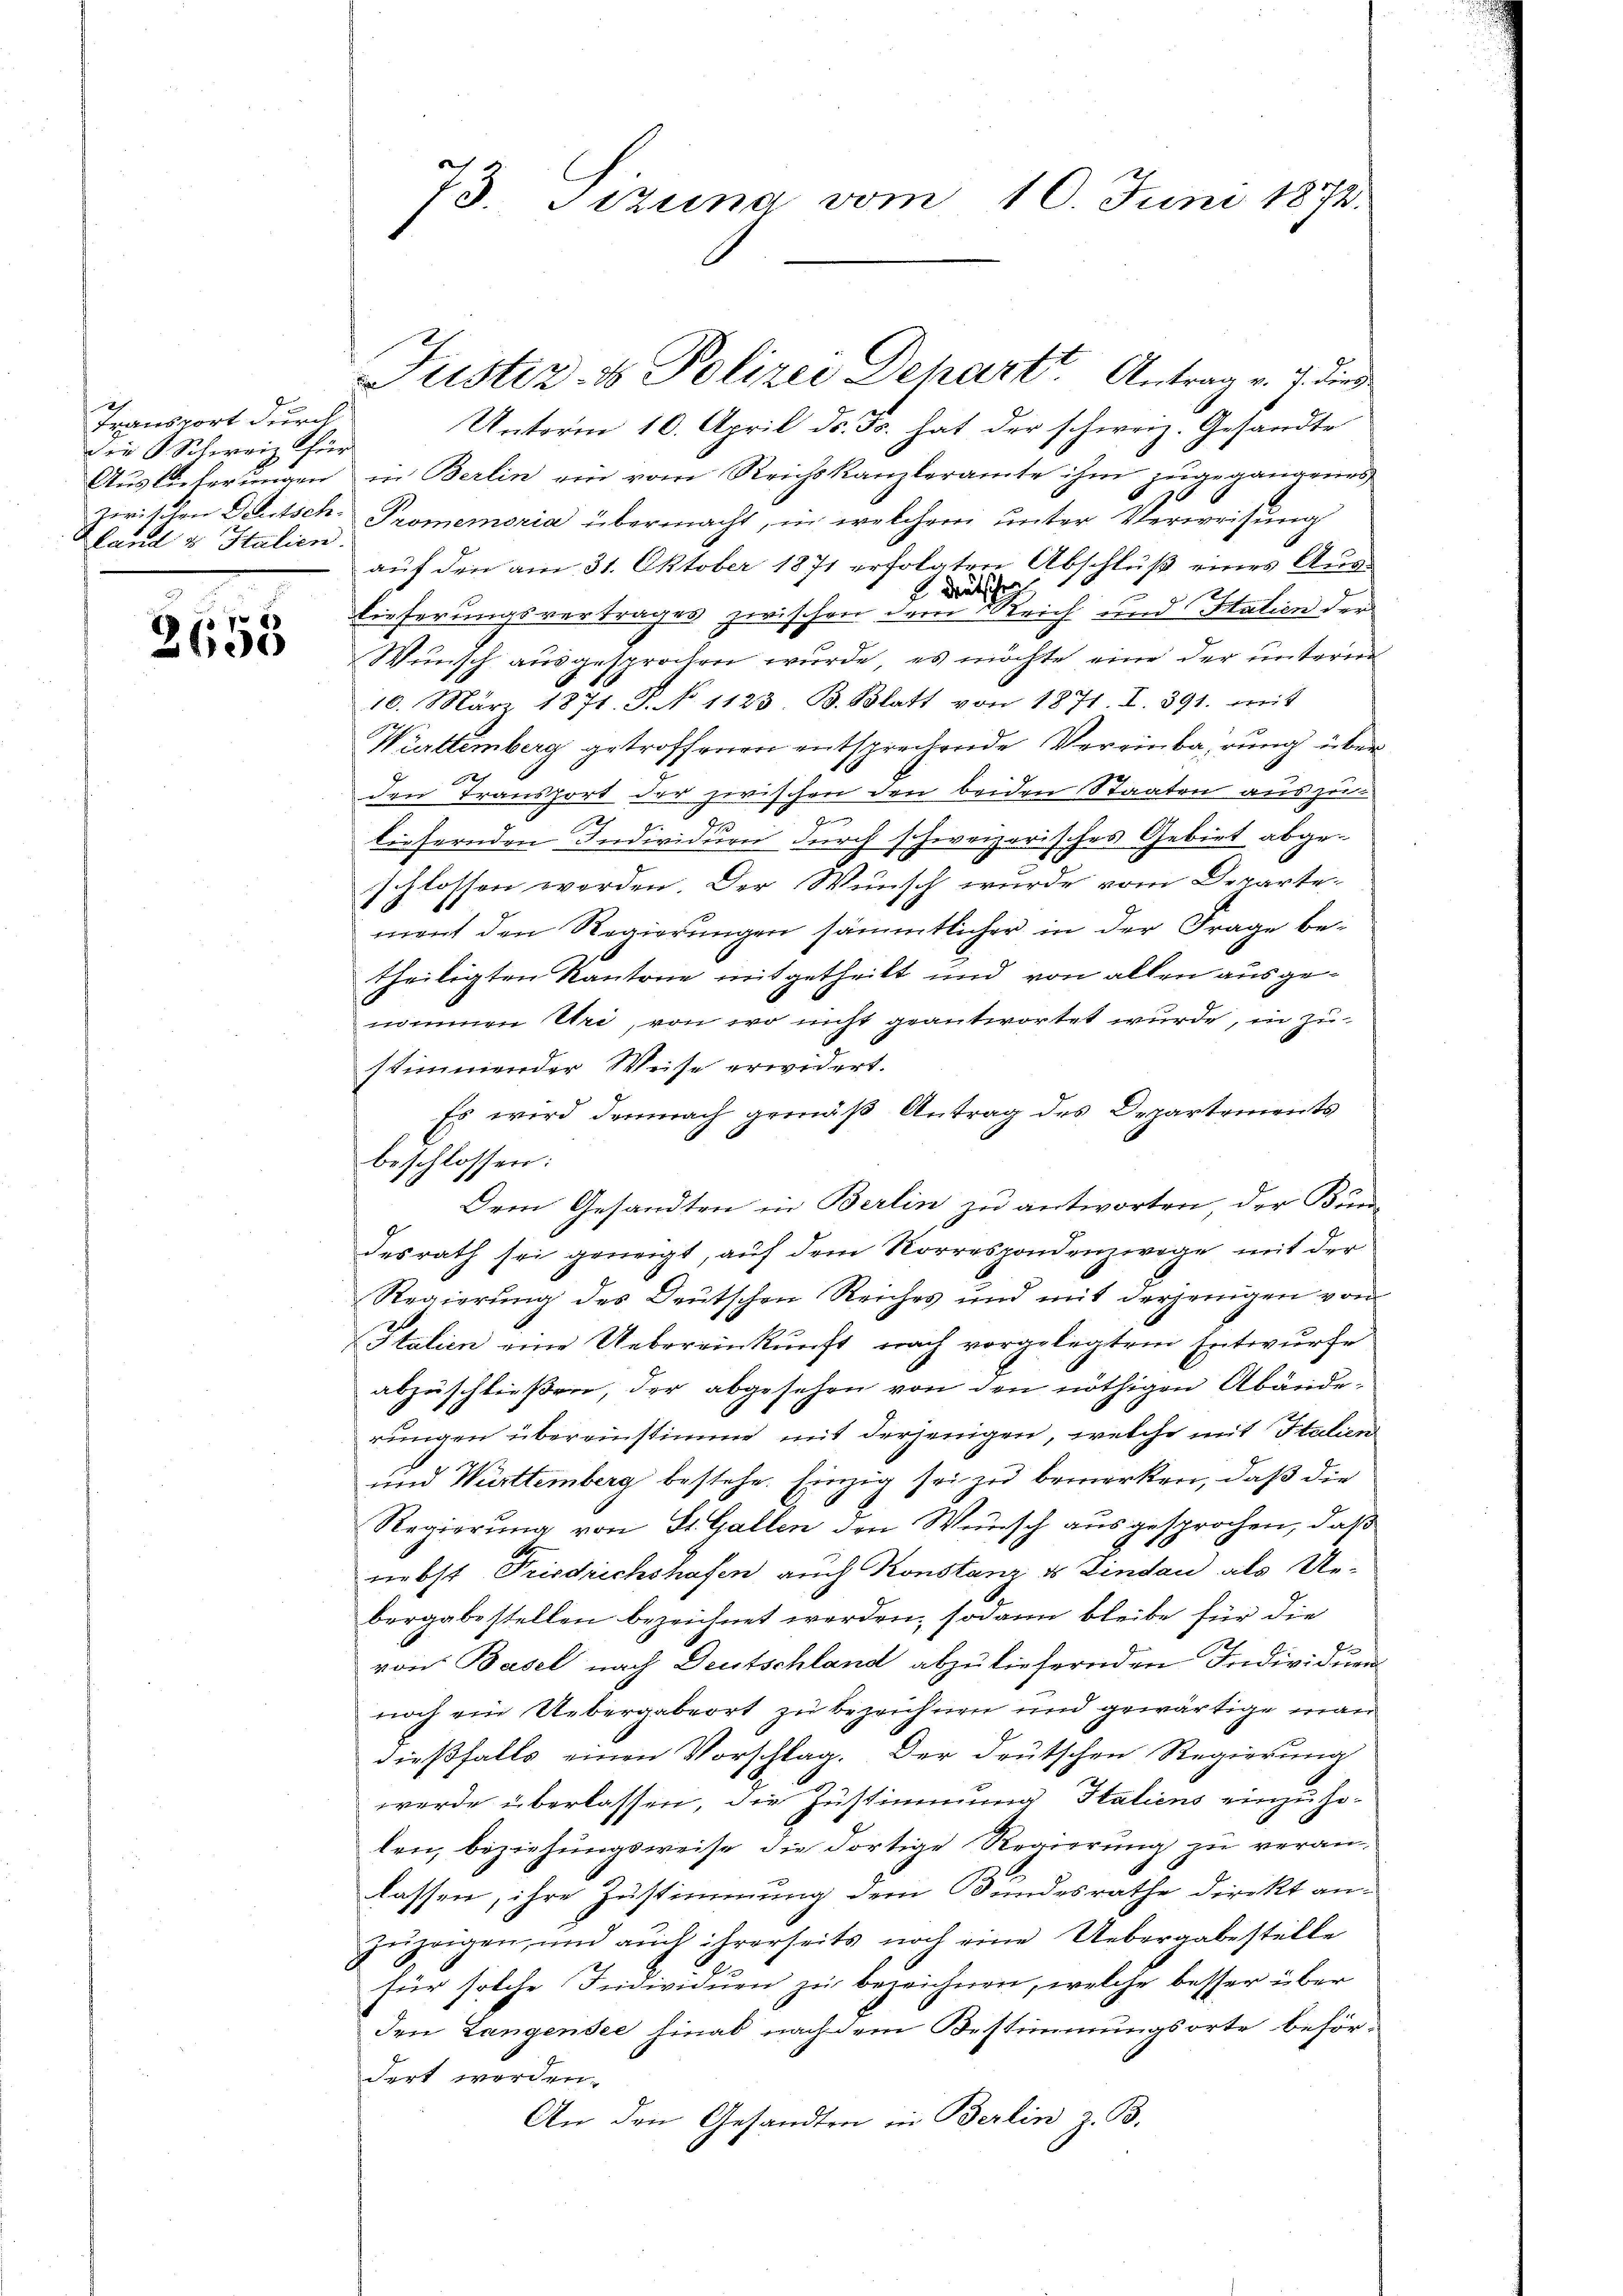
Transport durch
die Schweiz für
Auslieferungen
land u Italien.

2655

73. Sitzung vom 10. Juni 1872.

Unterm 10. April ds. Fs. hat der schweiz. Gesandte
in Berlin ein vom Reichskanzleramte ihm zugegangenes
zwischen Deutsch. Promemoria übermacht, in welchem unter Verweisung
auf den am 31. Oktober 1871 erfolgten Abschluß eines Aus¬
 Deutsche
2
Lieferungsvertrages zwischen dem Reich und Station der
Wunsch ausgesprochen wurde, es möchte eine der unterm
10. März 1871. S. N. 1123. B. Blatt von 1871. I. 391. mit
Württemberg getroffenen entsprechende Vereinbarung über
den Transport der zwischen den beiden Staaten auszu-
u
liefernden Individuen durch schweizerisches Gebiet abgeschlossen worden. Der Wunsch wurde vom Departe
ment den Regierungen sämmtlicher in der Frage betheiligten Kantone mitgetheilt und von allen ausgenommen Uri, von wo nicht geantwortet wurde, in Zu-
stimmender Weise erwidert.
Es wird demnach gemäß Antrag des Departements
beschlossen:
Dem Gesandten in Berlin zu antworten, der Bundesrath sei geneigt, auf dem Norrespondenzwege mit der
Regierung des Deutschen Reiches und mit derjenigen von
Italien eine Uebereinkunft nach vorgelegtem Entwurfe
abzuschließen, der abgesehen von den nöthigen Abänderungen übereinstimme mit derjenigen, welche mit Italien
und Württemberg bestehe. Einzig sei zu bemerken, daß die
Regierung von St. Gallen den Wunsch ausgesprochen, daß
nebst Friedrichshafen auch Konstanz & Lindau als Uebergabe stellen bezeichnet werden; sodann bleibe für die
von Basel nach Deutschland abzuliefernden Individuen
noch ein Uebergabeort zu bezeichnen und gewärtige man
dießfalls einen Vorschlag. Der deutschen Regierung
werde überlassen, die Zustimmung Italiens einzuho-
len, beziehungsweise die dortige Regierung zu veranlassen, ihre Zustimmung dem Bundesrathe direkt anzuzeigen, und auch ihrerseits noch eine Uebergabestelle
für solche Individuen zu bezeichnen, welche besser über
den Langensee hinab nach dem Bestimmungsorte behör-
dert worden.
An den Gesandten in Berlin z. B.

Justiz- & Polizei Dehart. Antrag v. J. die